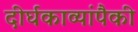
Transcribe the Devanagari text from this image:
दीर्घकाव्यांपैकी